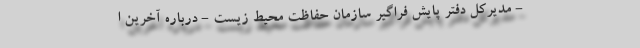
- مدیرکل دفتر پایش فراگیر سازمان حفاظت محیط زیست - درباره آخرین ا